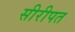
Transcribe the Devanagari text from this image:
सीरीपत